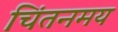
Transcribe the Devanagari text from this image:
चिंतनमय